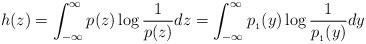
LaTeX: \begin{align*}h(z) = \int_{-\infty}^{\infty} p(z) \log \frac{1}{p(z)} dz = \int_{-\infty}^{\infty} p_{_1}(y) \log \frac{1}{p_{_1}(y)} dy\end{align*}